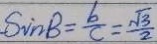
S i n B = \frac { b } { c } = \frac { \sqrt { 3 } } { 2 }